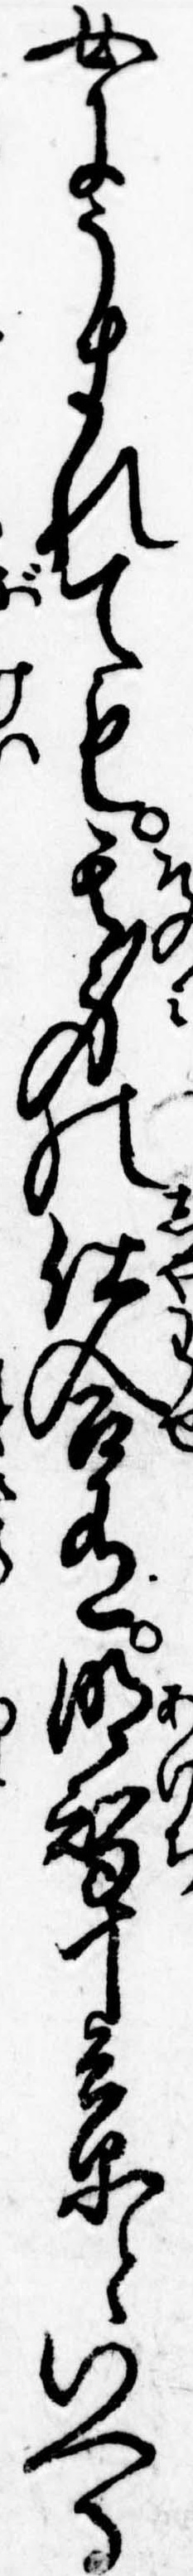
女にうまれても其身の仕合有明智十兵衛といへる